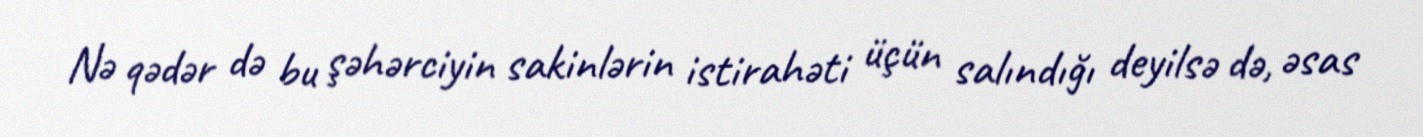
Nə qədər də bu şəhərciyin sakinlərin istirahəti üçün salındığı deyilsə də, əsas